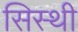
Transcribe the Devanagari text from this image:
सिस्थी